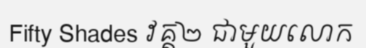
Fifty Shades វគ្គ២ ជាមួយលោក